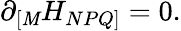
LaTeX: \partial_{[\mathit{M}}H_{NPQ]}=0.